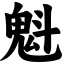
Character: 魁